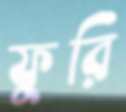
ফুরি